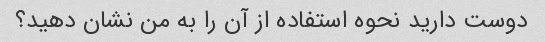
دوست دارید نحوه استفاده از آن را به من نشان دهید؟